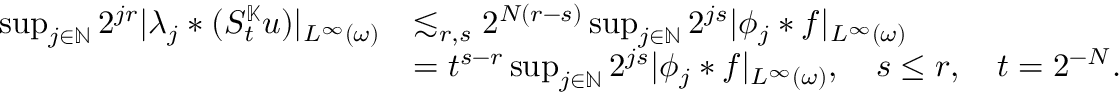
\begin{array} { r l } { \operatorname* { s u p } _ { j \in \mathbb { N } } 2 ^ { j r } | \lambda _ { j } \ast ( S _ { t } ^ { \mathbb { K } } u ) | _ { L ^ { \infty } ( \omega ) } } & { \lesssim _ { r , s } 2 ^ { N ( r - s ) } \operatorname* { s u p } _ { j \in \mathbb { N } } 2 ^ { j s } | \phi _ { j } \ast f | _ { L ^ { \infty } ( \omega ) } } \\ & { = t ^ { s - r } \operatorname* { s u p } _ { j \in \mathbb { N } } 2 ^ { j s } | \phi _ { j } \ast f | _ { L ^ { \infty } ( \omega ) } , \quad s \leq r , \quad t = 2 ^ { - N } . } \end{array}